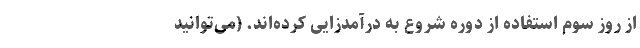
از روز سوم استفاده از دوره شروع به درآمدزایی کرده‌اند. (می‌توانید